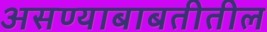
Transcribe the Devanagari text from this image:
असण्याबाबतीतील